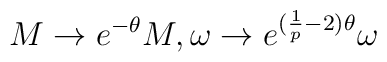
M \rightarrow  e^{-\theta} M, \omega \rightarrow e^{ (\frac{1}{p} - 2) \theta} \omega